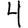
Digit: 4